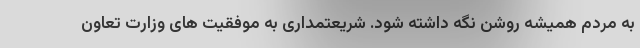
به مردم همیشه روشن نگه داشته شود. شریعتمداری به موفقیت های وزارت تعاون